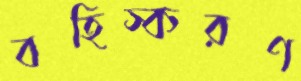
বহিস্করণ